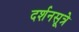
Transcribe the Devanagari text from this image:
दर्शनसूत्रे